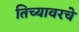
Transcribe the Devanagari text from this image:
तिच्यावरचे